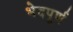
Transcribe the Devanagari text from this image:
भेदपूर्ण